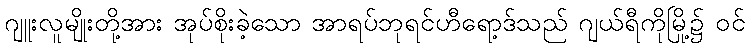
ဂျူးလူမျိုးတို့အား အုပ်စိုးခဲ့သော အာရပ်ဘုရင်ဟီရော့ဒ်သည် ဂျယ်ရီကိုမြို့၌ ဝင်